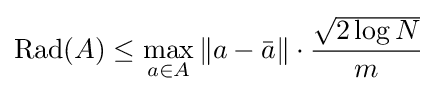
\operatorname {Rad} (A)\leq \max _{a\in A}\|a-{\bar {a}}\|\cdot {{\sqrt {2\log N}} \over m}